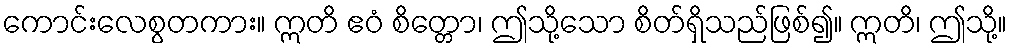
ကောင်းလေစွတကား။ ဣတိ ဧဝံ စိတ္တော၊ ဤသို့သော စိတ်ရှိသည်ဖြစ်၍။ ဣတိ၊ ဤသို့။